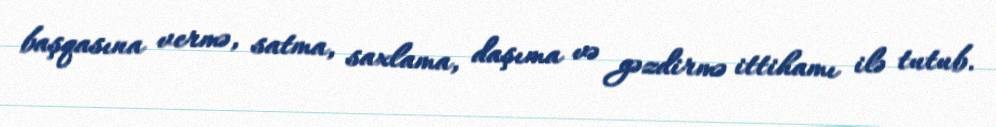
başqasına vermə, satma, saxlama, daşıma və gəzdirmə ittihamı ilə tutub.